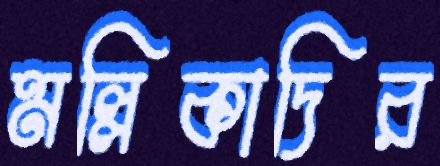
মল্লিকাদির